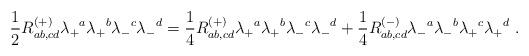
LaTeX: \begin{align*}{1\over 2} R^{(+)}_{ab,cd} \lambda_+{}^a \lambda_+{}^b\lambda_-{}^c\lambda_-{}^d = {1\over 4} R^{(+)}_{ab,cd} \lambda_+{}^a \lambda_+{}^b\lambda_-{}^c\lambda_-{}^d + {1\over 4} R^{(-)}_{ab,cd} \lambda_-{}^a \lambda_-{}^b\lambda_+{}^c\lambda_+{}^d \ .\end{align*}